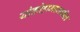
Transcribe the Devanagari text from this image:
योकोहामामधील